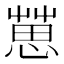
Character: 𢠞